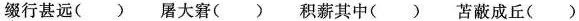
缀行甚远( ) 屠大窘( ) 积薪其中( ) 苫蔽成丘( )